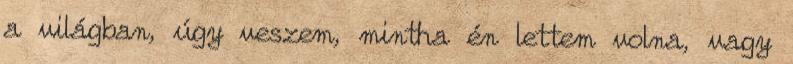
a világban, úgy veszem, mintha én lettem volna, vagy